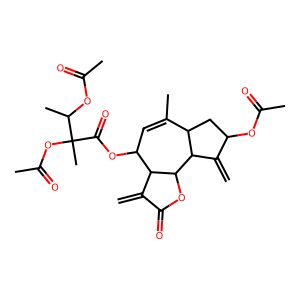
SMILES: C=C1C(=O)OC2C1C(OC(=O)C(C)(OC(C)=O)C(C)OC(C)=O)C=C(C)C1CC(OC(C)=O)C(=C)C12
Inhibits HIV replication: No